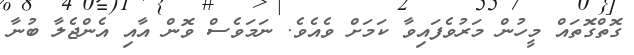
ގޮތްގޮތައް މީހުން މަރުވެފައިވާ ކަމަށް ވެއެވެ. ނަމަވެސް ވޮން އާއި އެންޖެލާ ބުނާ